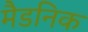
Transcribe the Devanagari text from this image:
मैडनिक